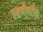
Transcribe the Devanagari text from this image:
रमणीवरील